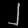
Digit: ၂